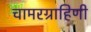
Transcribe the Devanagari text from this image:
चामरग्राहिणी